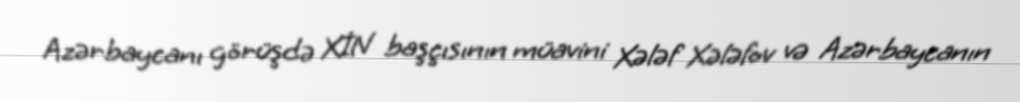
Azərbaycanı görüşdə XİN başçısının müavini Xələf Xələfov və Azərbaycanın